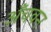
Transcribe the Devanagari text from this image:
अँचवन